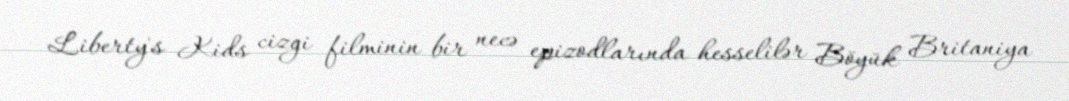
Liberty's Kids cizgi filminin bir necə epizodlarında hesselilər Böyük Britaniya